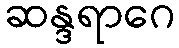
ဆန္ဒရာဂေ